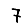
Digit: 7